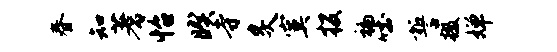
春知蓍怡暌寺炙寞投褊吐誓掇婵